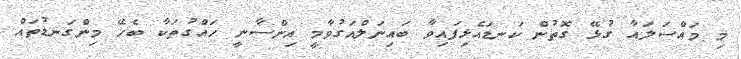
މި މައްސަލައާ ގުޅޭ ގޮތުން ކަނޑައެޅިފައިވާ ބައިނަލްއަގުވާމީ އިންސާނީ ހައްގުތަކާ ބެހޭ މިންގަނޑުތައް